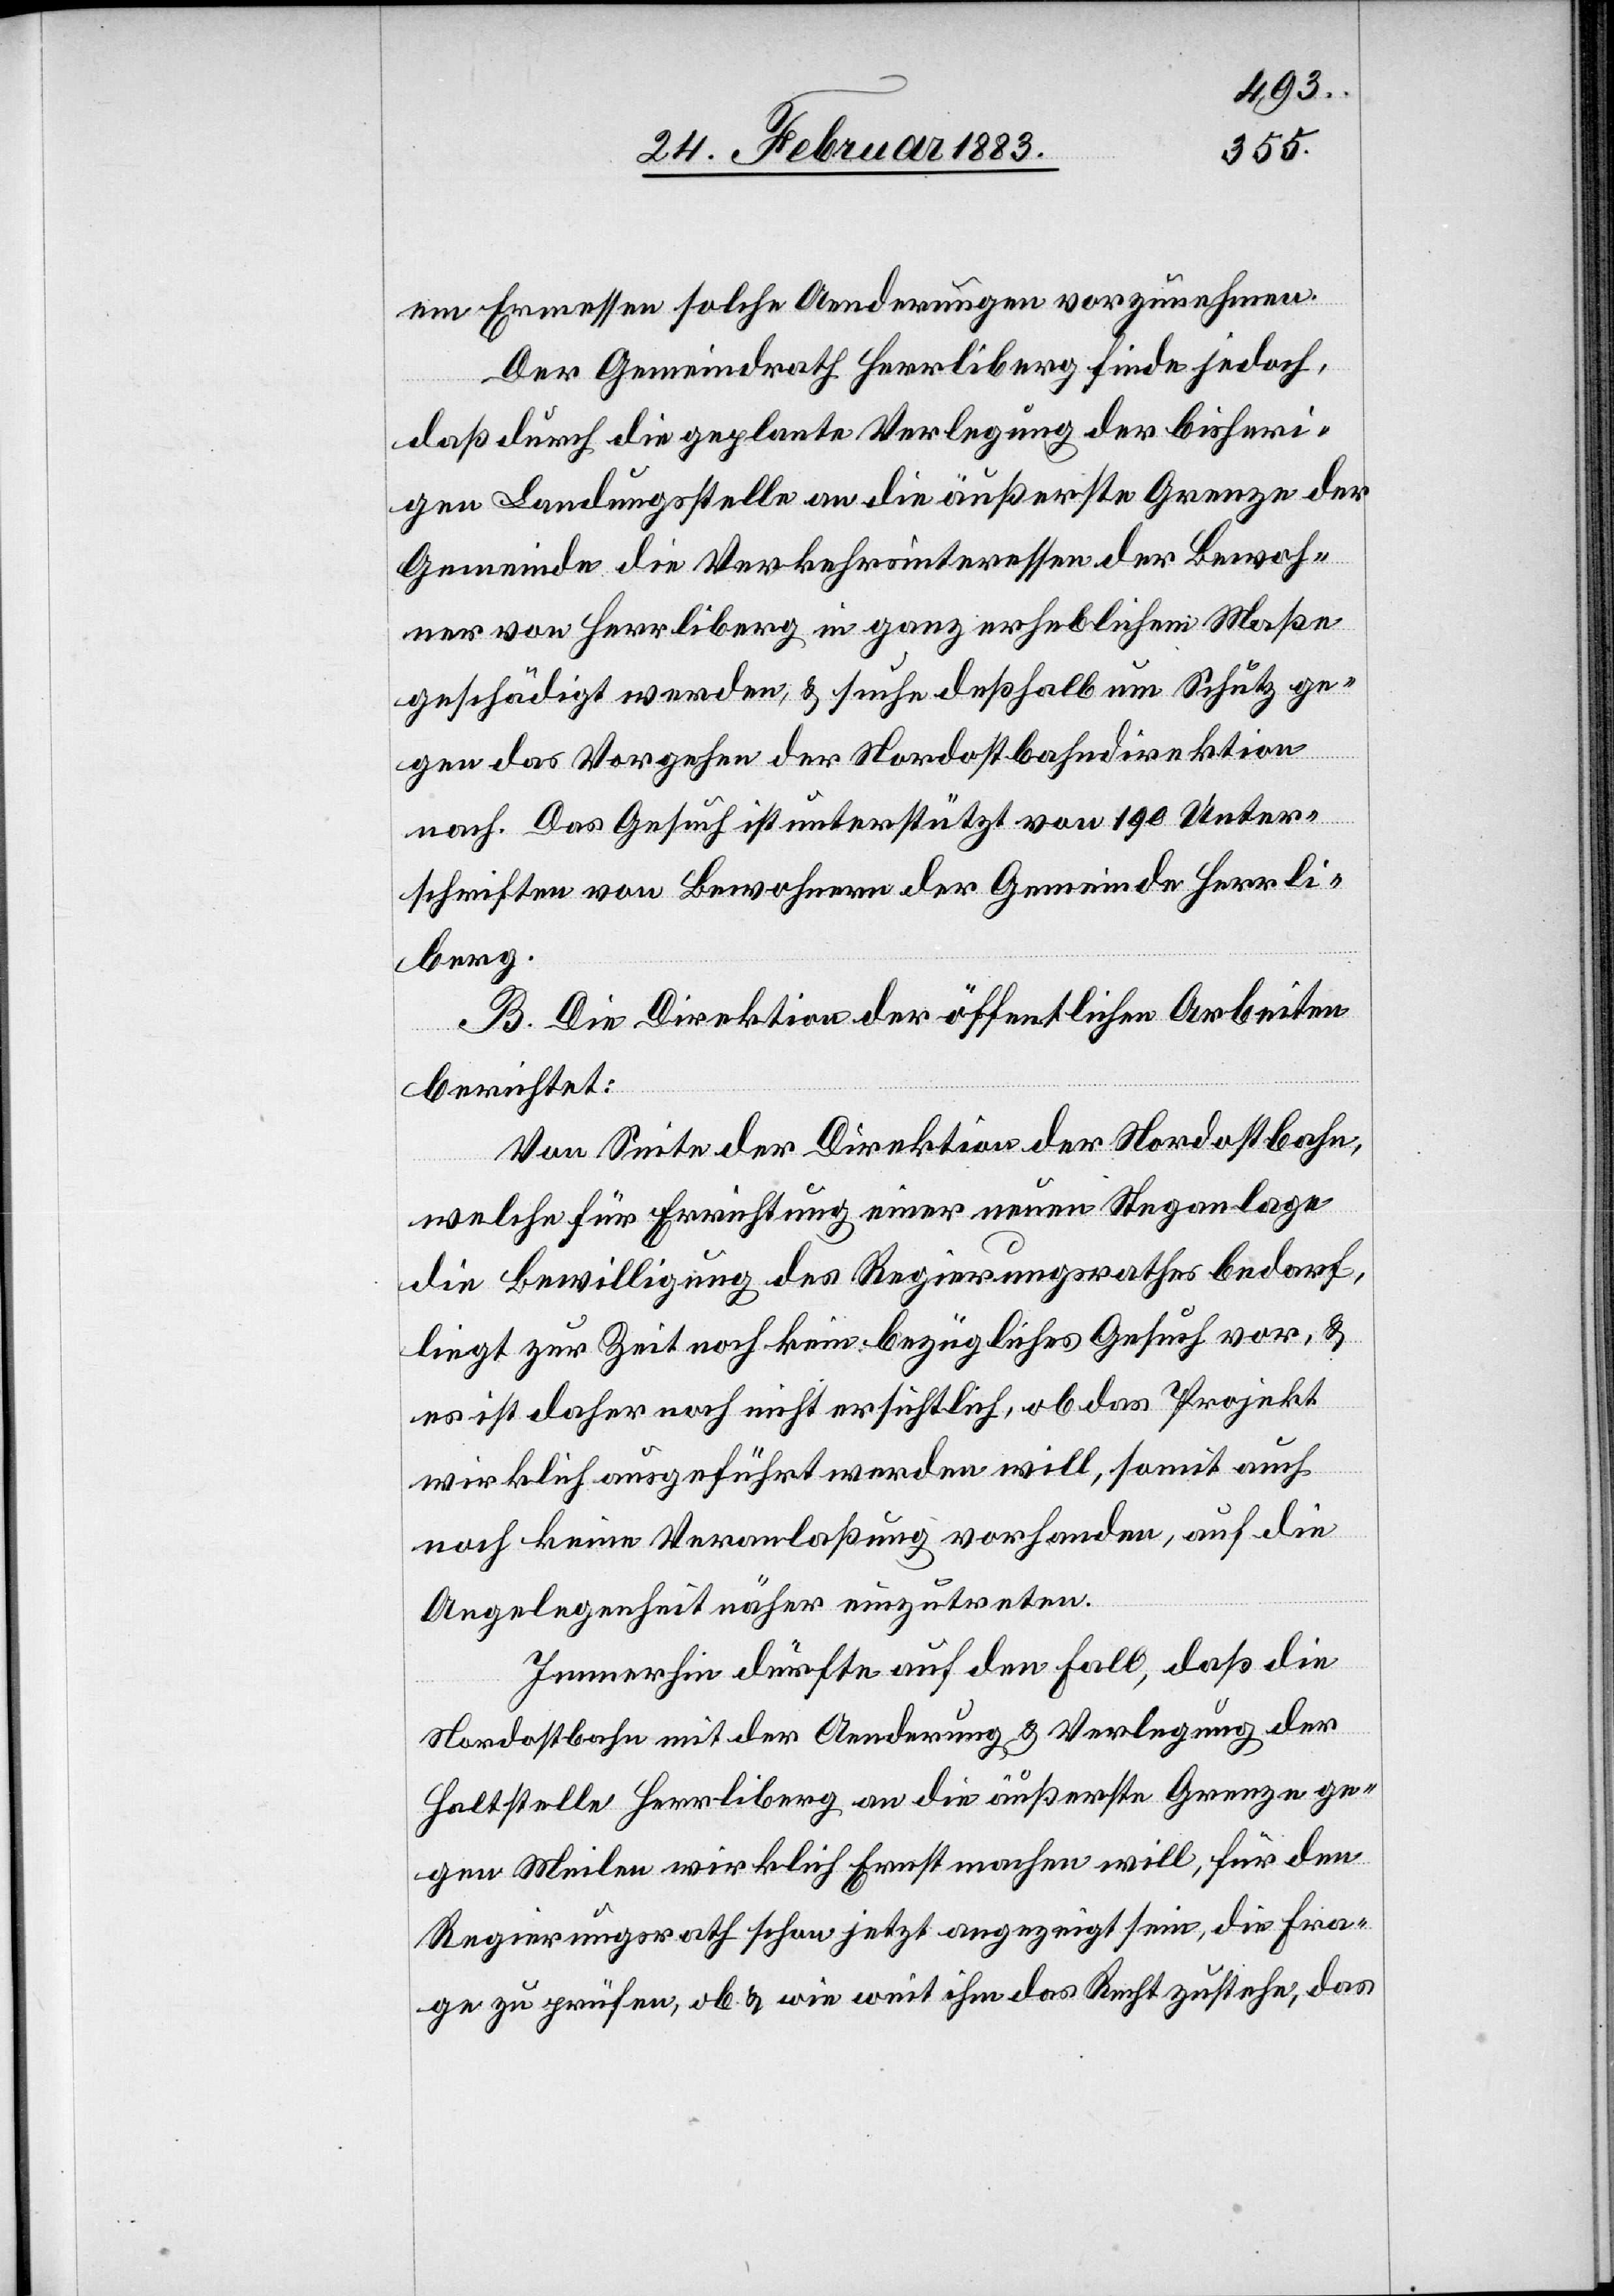
em Ermessen solche Aenderungen vorzunehmen.
Der Gemeindrath Herrliberg finde jedoch,
daß durch die geplante Verlegung der bisheri¬
gen Landungsstelle an die äußerste Grenze der
Gemeinde die Verkehrsinteressen der Bewoh¬
ner von Herrliberg in ganz erheblichem Maße
geschädigt werden, & suche deßhalb um Schutz ge¬
gen das Vorgehen der Nordostbahndirektion
nach. Das Gesuch ist unterstützt von 190 Unter¬
schriften von Bewohnern der Gemeinde Herrli¬
berg.
B. Die Direktion der öffentlichen Arbeiten
berichtet:
Von Seite der Direktion der Nordostbahn,
welche für Errichtung einer neuen Steganlage
die Bewilligung des Regierungsrathes bedarf,
liegt zur Zeit noch kein bezügliches Gesuch vor, &
es ist daher noch nicht ersichtlich, ob das Projekt
wirklich ausgeführt werden will, somit auch
noch keine Veranlaßung vorhanden, auf die
Angelegenheit näher einzutreten.
Immerhin dürfte auf den Fall, daß die
Nordostbahn mit der Aenderung & Verlegung der
Haltstelle Herrliberg an die äußerste Grenze ge¬
gen Meilen wirklich Ernst machen will, für den
Regierungsrath schon jetzt angezeigt sein, die Fra¬
ge zu prüfen, ob & wie weit ihm das Recht zustehe, das